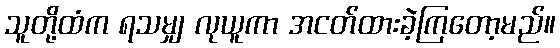
သူတို့ထံက ရသမျှ လုယူကာ အငတ်ထားခဲ့ကြတော့မည်။